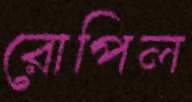
রোপিল